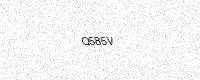
Text: Q585V